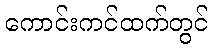
ကောင်းကင်ထက်တွင်